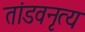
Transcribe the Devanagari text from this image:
तांडवनृत्य